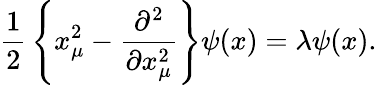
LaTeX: {\frac{1}{2}}\left\{ x_{\mu}^{2}-{\frac{\partial^{2}}{\partial x_{\mu}^{2}}}\right\} \psi(x)=\lambda\psi(x).